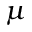
\mu